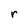
Character: r